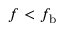
f < f _ { \mathrm { b } }